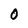
Character: O